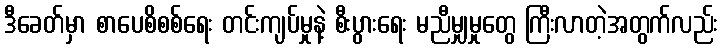
ဒီခေတ်မှာ စာပေစိစစ်ရေး တင်းကျပ်မှုနဲ့ စီးပွားရေး မညီမျှမှုတွေ ကြီးလာတဲ့အတွက်လည်း